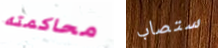
محاكمته ستصاب